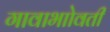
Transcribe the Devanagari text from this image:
गावाभाोवती